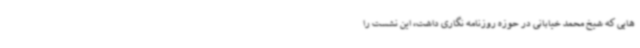
هایی که شیخ محمد خیابانی در حوزه روزنامه نگاری داشت، این نشست را